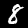
Digit: 8